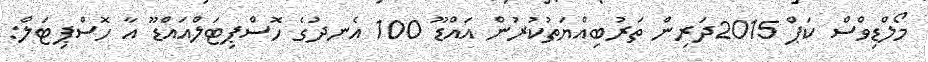
މޯލްޑިވްސް ކަޕް 2015ދަރިން ތަރުބިއްޔަތުކުރުން އައްޑޫ 100 އެނދުގެ ހޮސްޕިޓަލްއައްޑޫ އާ ހޮސްޕިޓަލް: